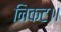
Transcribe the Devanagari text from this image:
निकट।।